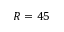
R = 4 5